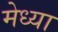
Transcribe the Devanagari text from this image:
मेध्या